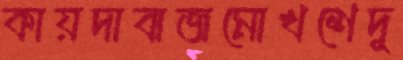
কায়দাবাজমোখশেদু